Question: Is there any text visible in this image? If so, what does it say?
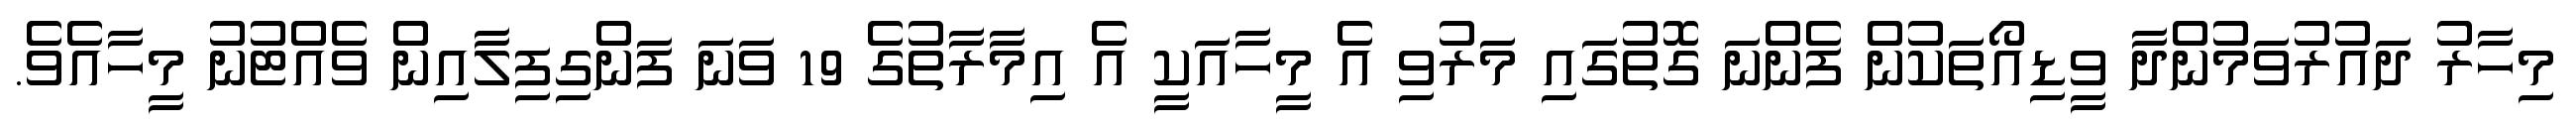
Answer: މިހާރު ދައުރުވަމުންދާ ވީޑިއޯތަކުން ފެންނަ ގޮތުގައި މަރުވި އެ މީހާއަކީ އެ އިމާރާތުގެ 19 ވަނަ ފަންގިފިލާއިން ވެއްޓުނު މީހާއެވެ.